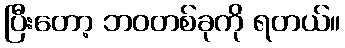
ပြီးတော့ ဘဝတစ်ခုကို ရတယ်။